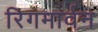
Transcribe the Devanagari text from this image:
रिगमार्वन